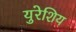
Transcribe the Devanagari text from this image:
युरेशिय